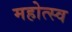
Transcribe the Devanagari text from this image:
महोत्स्व